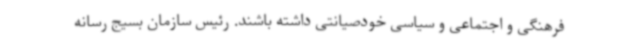
فرهنگی و اجتماعی و سیاسی خودصیانتی داشته باشند. رئیس سازمان بسیج رسانه